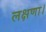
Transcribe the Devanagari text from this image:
लक्षणा।